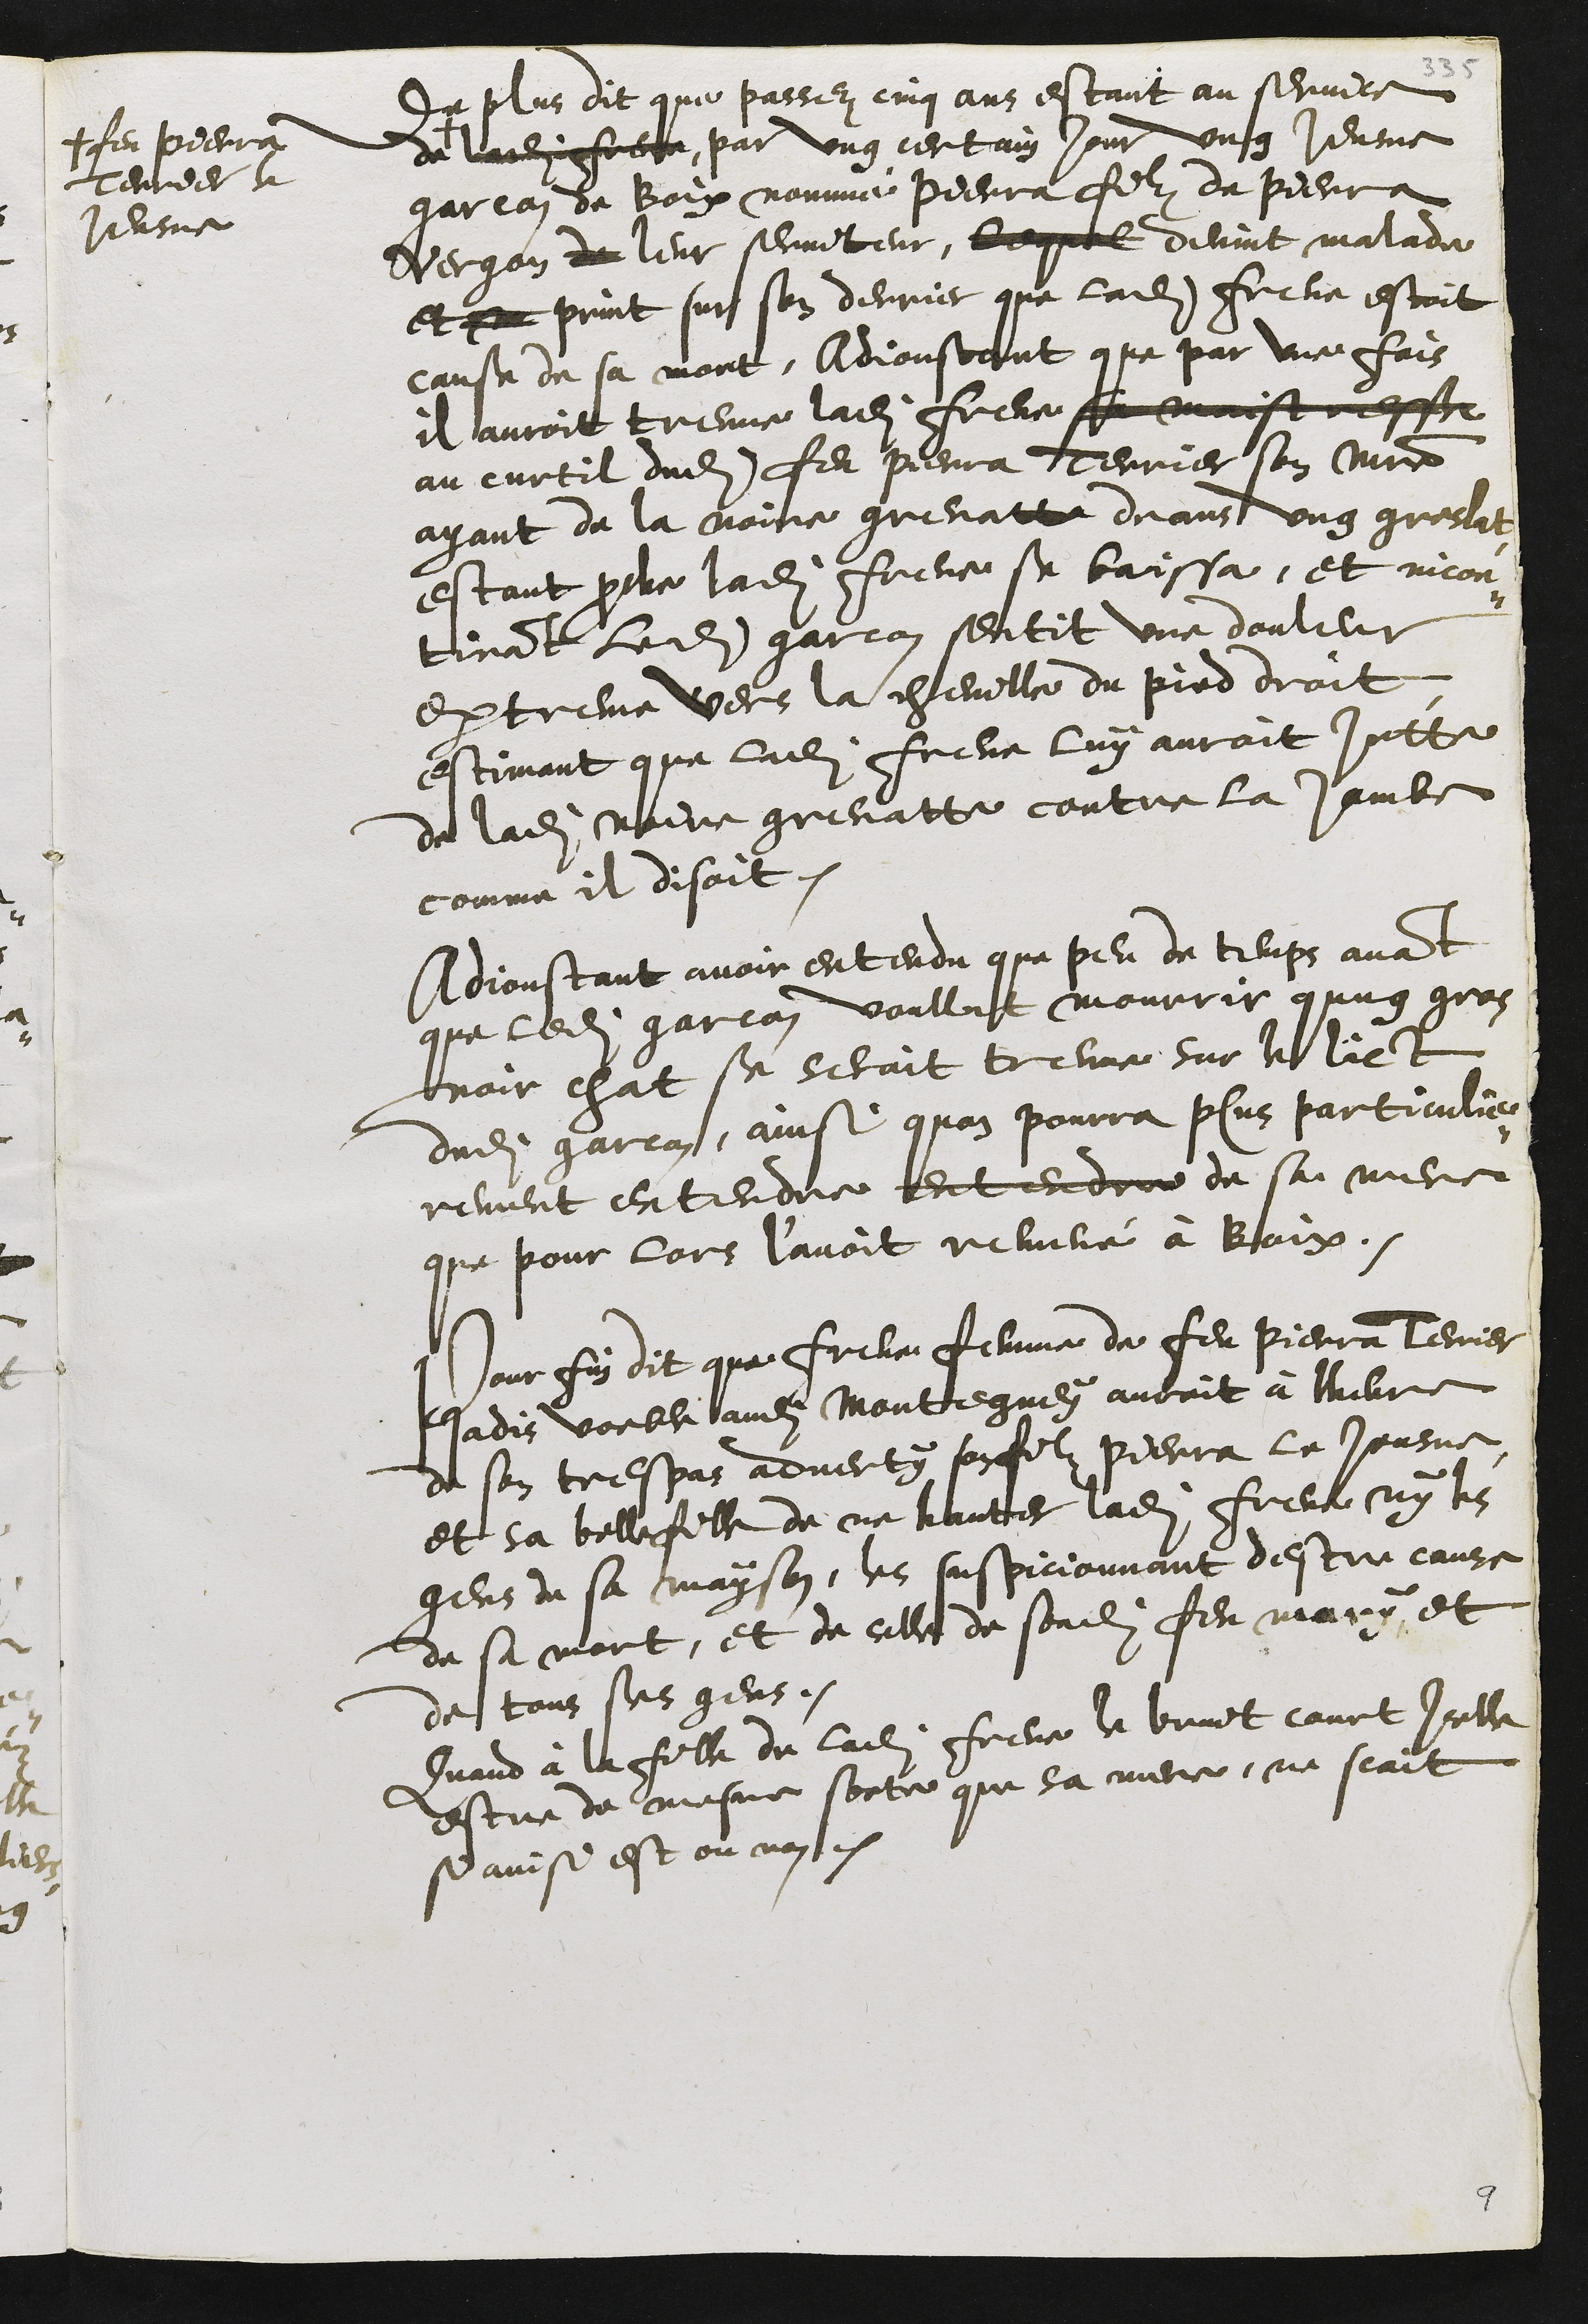
de plus dit que passez cinq ans estant au service
de
# feu Pierra
Terrier le
Jeusne
ladite Frene par ung certain jour ung Jeusne
garcon de Boix nommé Pierra filz de Pierre
Vergon de leur serviteur, lequel devint malade
et m print sur son derrier que ladite Frene estoit
cause de sa mort. Adjoustant que par une fois
il auroit treuve ladite Frene se meist ceste
au curtil dudit feu Pierra Terrier son maistre
ayant de la noire grenatte deans ung greslat
estant proche ladite Frene se baissa, et incon¬
tinant ledit garcon sentit une douleur
extreme vers la cheville du pied droit
estimant que ladite Frene luy auroit jette
de ladite noire grenatte contre la jambe
comme il disoit.
Adjoustant avoir entendu que peu de temps avant
que ledit garcon voullut mourrir qung gros
noir chat se seroit treuvé sur le lict
dudit garcon, ainsi quon pourra plus particulie¬
rement entendre entendre de sa mere
que pour lors l’avoit remené à Boix.
Pour fin dit que Frene femme de feu Pierra Terrier
jadis voeble audit Montegney auroit à lheure
de son trespas adverty son filz Pierra le Jeusne
et sa belle fille de ne hanter ladite Frene ny les
gens de sa mayson, les suspicionnant destre cause
de sa mort, et de celle de sondit feu mary, et
de tous ses gens.
Quand à la fille de ladite Frene le bruit court icelle
estre de mesme sorte que sa mere, ne scait
se ainsi est ou non.
9